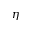
\eta